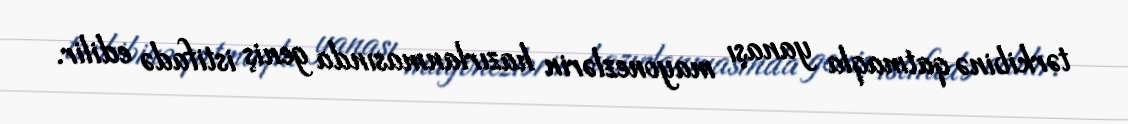
tərkibinə qatmaqla yanaşı mayonezlərin hazırlanmasında geniş istifadə edilir.